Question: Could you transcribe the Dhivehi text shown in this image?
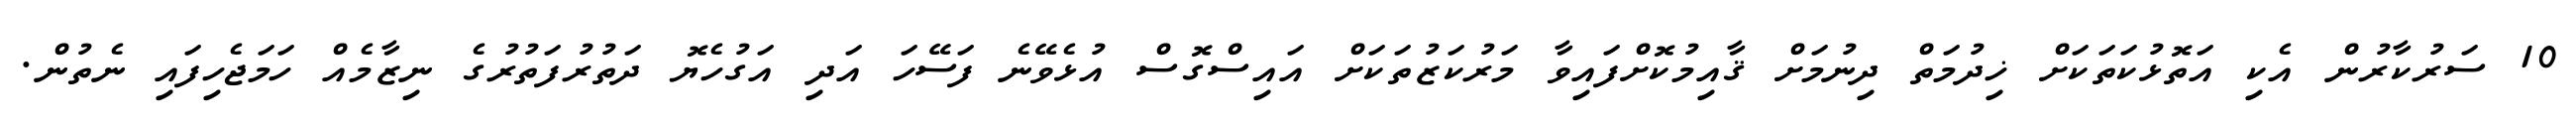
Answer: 10 ސަރުކާރުން އެކި އަތޮޅުކަތަކަށް ޚިދުމަތް ދިނުމަށް ޤާއިމުކޮށްފައިވާ މަރުކަޒުތަކަށް އައިސްގޮސް އުޅެވޭނެ ފަސޭހަ އަދި އަގުހެޔޮ ދަތުރުފަތުރުގެ ނިޒާމެއް ހަމަޖެހިފައި ނެތުން.